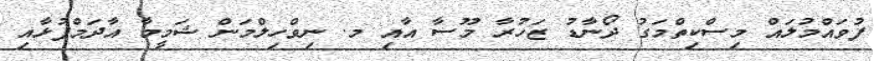
ފުވައްމުލައް މިސްކިތްމަގު ދޯނާޑު ޒަހުރާ މޫސާ އާއި މ. ނިވްހިލްމަން ޝަމީމާ އާދަމްފުޅާއި